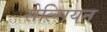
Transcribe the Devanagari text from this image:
सेल्सियन